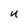
Character: u